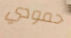
حمودي